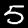
Digit: 5